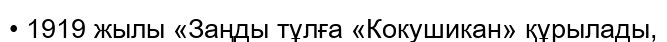
• 1919 жылы «Заңды тұлға «Кокушикан» құрылады,